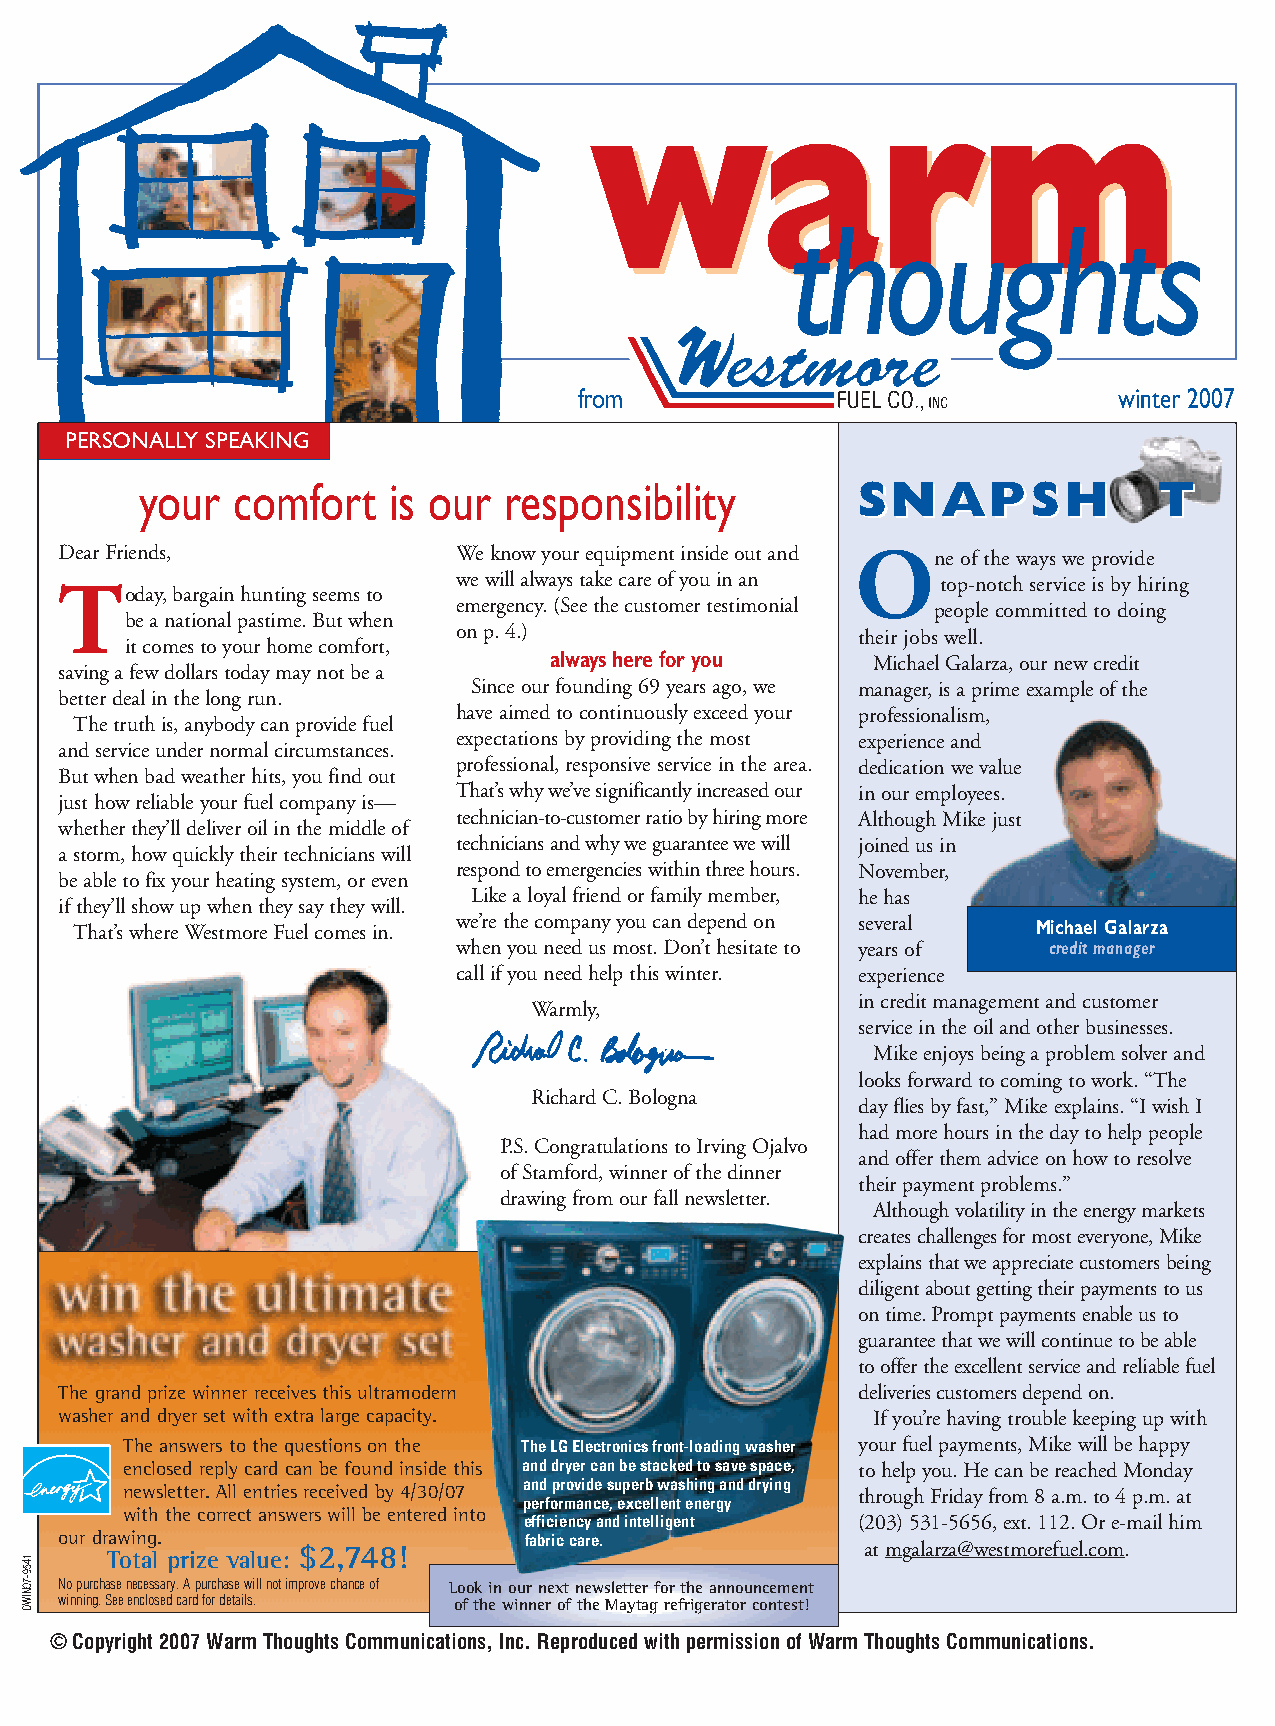
wwaarrmm
 thoughts
 from                                winter 2007
 PERSONALLY SPEAKING
 your  comfort    is our responsibility          SSNNAAPPSSHH        TT
 Dear Friends,             We know your equipment inside out and One of the ways we provide
 Today, bargain hunting seems to we will always take care of you in an top-notch service is by hiring
 emergency. (See the customer testimonial people committed to doing
 bea national pastime. But when
 on p. 4.)                  their jobs well.
 itcomes to your home comfort,
 always here for you   Michael Galarza, our new credit
 saving a few dollars today may not be a
 Since our founding 69 years ago, we manager, is a prime example of the
 better deal in the long run.
 have aimed to continuously exceed your professionalism,
 The truth is, anybody can provide fuel
 expectations by providing the most experience and
 and service under normal circumstances.
 professional, responsive service in the area. dedication we value
 But when bad weather hits, you find out
 That’s why we’ve significantly increased our in our employees.
 just how reliable your fuel company is—
 technician-to-customer ratio by hiring more Although Mike just
 whether they’ll deliver oil in the middle of
 technicians and why we guarantee we will joined us in
 astorm, how quickly their technicians will
 respond to emergencies within three hours. November,
 be able to fix your heating system, or even
 Like a loyal friend or family member, he has
 if they’ll show up when they say they will.
 That’s where Westmore Fuel comes in. we’re the company you can depend on several Michael Galarza
 when you need us most. Don’t hesitate to years of credit manager
 call if you need help this winter. experience
 in credit management and customer
 Warmly,
 service in the oil and other businesses.
 Mike enjoys being a problem solver and
 looks forward to coming to work. “The
 Richard C. Bologna
 day flies by fast,” Mike explains. “I wish I
 had more hours in the day to help people
 P.S. Congratulations to Irving Ojalvo
 and offer them advice on how to resolve
 of Stamford, winner of the dinner
 their payment problems.”
 drawing from our fall newsletter.
 Although volatility in the energy markets
 creates challenges for most everyone, Mike
 explains that we appreciate customers being
 diligent about getting their payments to us
 on time. Prompt payments enable us to
 guarantee that we will continue to be able
 to offer the excellent service and reliable fuel
 The grand prize winner receives this ultramodern     deliveries customers depend on.
 washer and dryer set with extra large capacity.       If you’re having trouble keeping up with
 The answers to the questions on the The LG Electronics front-loading washer your fuel payments, Mike will be happy
 enclosed reply card can be found inside this and dryer can be stacked to save space, tohelp you. He can be reached Monday
 newsletter. All entries received by 4/30/07 and provide superb washing and drying through Friday from 8a.m. to 4 p.m. at
 performance, excellent energy
 with the correct answers will be entered into
 efficiency and intelligent (203) 531-5656, ext.112. Or e-mail him
 our drawing.                   fabric care.
 $2,748!                              at mgalarza@westmorefuel.com.
 Total prize value:
 No purchase necessary. Apurchase willnot improve chance of Look in our next newsletter for the announcement
 winning. Seeenclosed card fordetails. of the winner of the Maytag refrigerator contest!
 © Copyright 2007 Warm Thoughts Communications, Inc. Reproduced with permission of Warm Thoughts Communications.
 1459-70NIWO